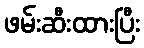
ဖမ်းဆီးထားပြီး